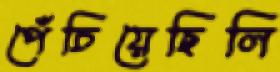
পেঁচিয়েছিলি